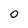
Character: 0